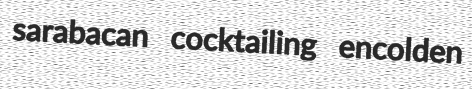
sarabacan cocktailing encolden